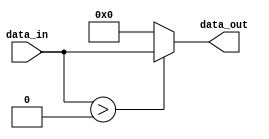
module ReLU(
		input				signed	[19:0]	data_in,//in 20
		output		wire	signed	[19:0]	data_out//out 20
		);
	assign data_out=(data_in>0)?data_in:20'd0;
endmodule